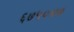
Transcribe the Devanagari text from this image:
६७५०४७